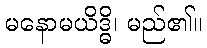
မနောမယိဒ္ဓိ၊ မည်၏။